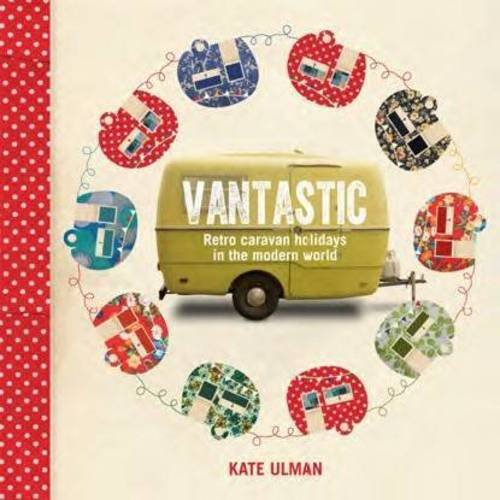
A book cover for Vantastic; Kate Ulman; Travel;